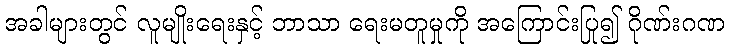
အခါများတွင် လူမျိုးရေးနှင့် ဘာသာ ရေးမတူမှုကို အကြောင်းပြု၍ ဂိုဏ်းဂဏ